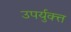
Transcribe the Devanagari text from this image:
उपर्युक्त्त